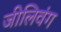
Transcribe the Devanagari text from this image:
जीलिवंग